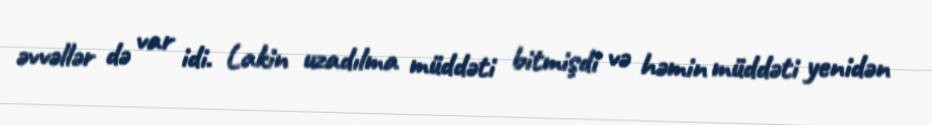
əvvəllər də var idi. Lakin uzadılma müddəti bitmişdi və həmin müddəti yenidən